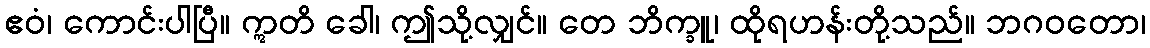
ဧဝံ၊ ကောင်းပါပြီ။ ဣတိ ခေါ၊ ဤသို့လျှင်။ တေ ဘိက္ခူ၊ ထိုရဟန်းတို့သည်။ ဘဂဝတော၊